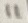
Text: 11